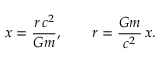
x = \frac { r \, c ^ { 2 } } { G m } , \qquad r = \frac { G m } { c ^ { 2 } } \, x .